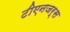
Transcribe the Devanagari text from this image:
टीएनजर्स